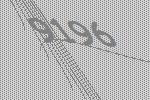
9196